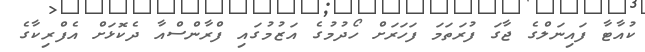
ކުއާޓާ ފައިނަލްގެ ޖާގަ ފުރަތަމަ ފަހަރަށް ހޯދުމުގެ އަޒުމުގައި ފްރާންސްއާ ދެކޮޅަށް އެފްރިކާގެ